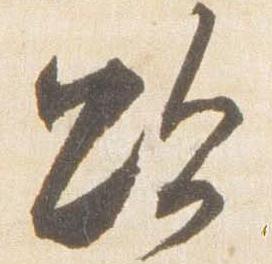
欲